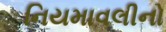
નિયમાવલીનો